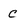
Character: c